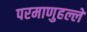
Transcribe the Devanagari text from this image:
परमाणुहल्ले